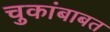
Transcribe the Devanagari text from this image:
चुकांबाबत